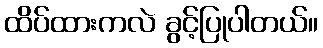
ထိပ်ထားကလဲ ခွင့်ပြုပါတယ်။